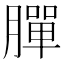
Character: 䐷